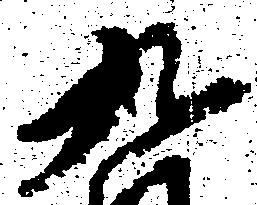
九